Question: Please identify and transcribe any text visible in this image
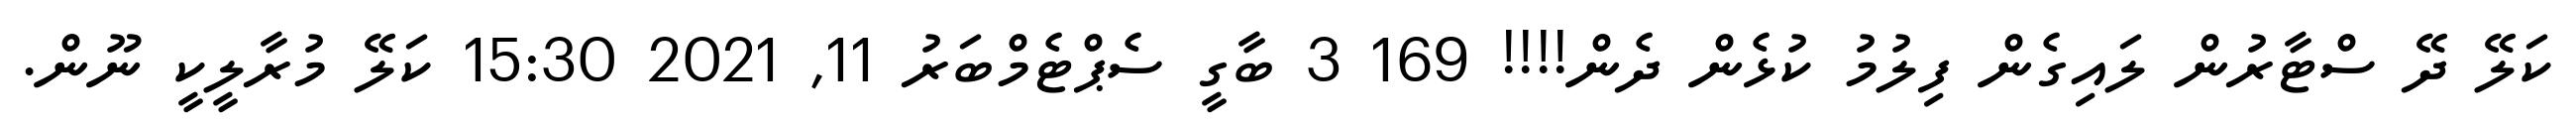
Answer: ކަލޭ ދޭ ސްޓާރުން ލައިގެން ފިލުމު ކުޅެން ދެން!!!! 169 3 ބާގީ ސެޕްޓެމްބަރު 11, 2021 15:30 ކަލޭ މުރާލީކީ ނޫން.